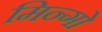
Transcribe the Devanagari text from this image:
मिन्गो